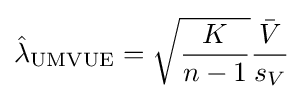
{\hat {\lambda }}_{\text{UMVUE}}={\sqrt {\frac {K}{n-1}}}{\frac {\bar {V}}{s_{V}}}